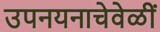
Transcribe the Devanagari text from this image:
उपनयनाचेवेळीं